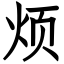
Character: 烦